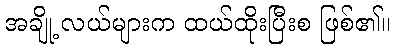
အချို့ လယ်များက ထယ်ထိုးပြီးစ ဖြစ်၏။